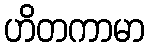
ဟိတကာမာ